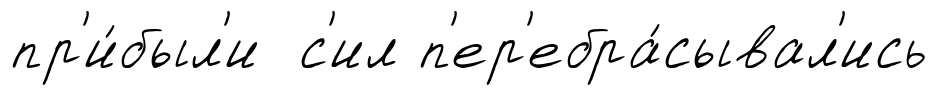
пр'и́был'и с'ил п'ер'ебра́сывал'ись